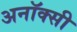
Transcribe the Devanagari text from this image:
अनॉक्सी